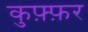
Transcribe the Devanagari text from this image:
कुफ़्फ़र